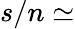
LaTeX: s/n\simeq